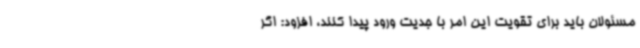
مسئولان باید برای تقویت این امر با جدیت ورود پیدا کنند، افزود: اگر